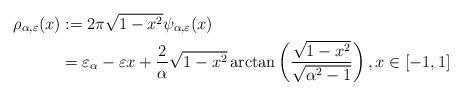
LaTeX: \begin{align*} \rho_{\alpha, \varepsilon}(x) & := 2 \pi \sqrt{1-x^2}\psi_{\alpha, \varepsilon}(x) \\ & = \varepsilon_{\alpha} - \varepsilon x + \frac{2}{\alpha} \sqrt{1-x^2} \arctan \left( \frac{\sqrt{1-x^2}}{\sqrt{\alpha^2-1}}\right),x \in [-1,1]\end{align*}